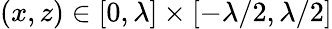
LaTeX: (x,z)\in[0,\lambda]\times[-\lambda/2,\lambda/2]